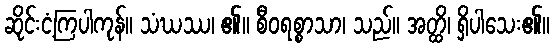
ဆိုင်းငံ့ကြပါကုန်။ သံဃဿ၊ ၏။ စီဝရစ္စာသာ၊ သည်။ အတ္ထိ၊ ရှိပါသေး၏။